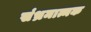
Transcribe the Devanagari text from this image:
संभ्रमात्मक